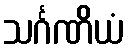
သင်္ဂဏိယံ